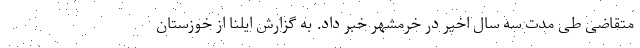
متقاضی طی مدت سه سال اخیر در خرمشهر خبر داد. به گزارش ایلنا از خوزستان